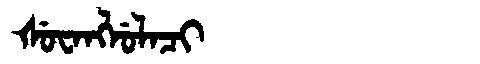
Manchu: ᡧᡠᠸᠠᠩᠯᡠᠯᠠᠴᡳ
Romanization: ŠUWANGLULACI